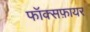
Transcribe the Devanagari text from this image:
फॉक्सफ़ायर